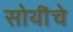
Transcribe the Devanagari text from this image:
सोयींचे